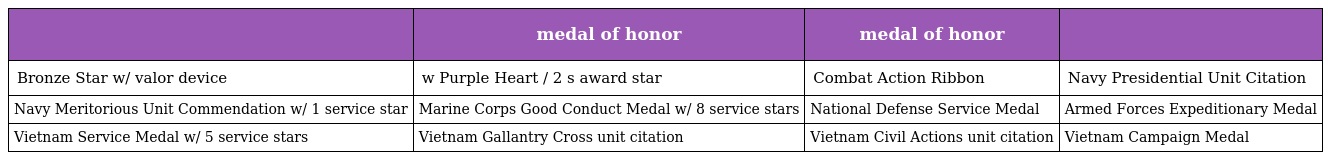
|  | medal of honor | medal of honor |  |
 | --- | --- | --- | --- |
 | Bronze Star w/ valor device | w Purple Heart / 2 s award star | Combat Action Ribbon | Navy Presidential Unit Citation |
 | Navy Meritorious Unit Commendation w/ 1 service star | Marine Corps Good Conduct Medal w/ 8 service stars | National Defense Service Medal | Armed Forces Expeditionary Medal |
 | Vietnam Service Medal w/ 5 service stars | Vietnam Gallantry Cross unit citation | Vietnam Civil Actions unit citation | Vietnam Campaign Medal |